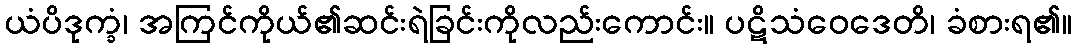
ယံပိဒုက္ခံ၊ အကြင်ကိုယ်၏ဆင်းရဲခြင်းကိုလည်းကောင်း။ ပဋိသံဝေဒေတိ၊ ခံစားရ၏။